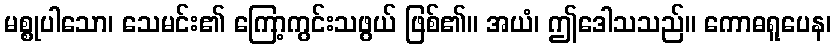
မစ္စုပါသော၊ သေမင်း၏ ကြော့ကွင်းသဖွယ် ဖြစ်၏။ အယံ၊ ဤဒေါသသည်။ ကောဓရူပေန၊